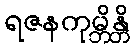
ရဇနကုမ္ဘိန္တိ